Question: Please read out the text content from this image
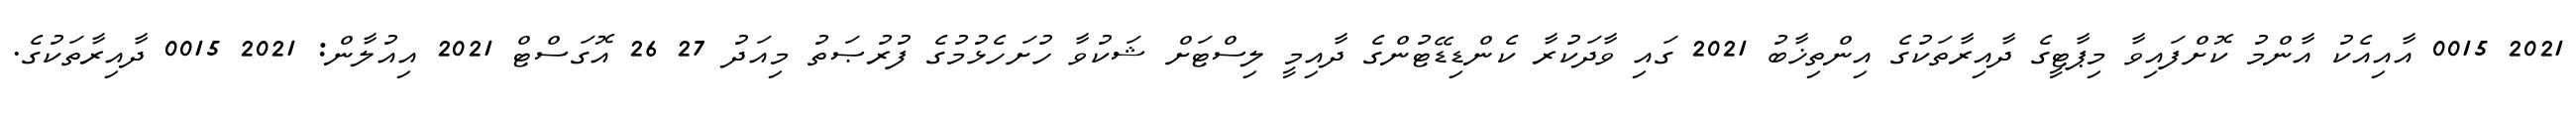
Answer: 2021 0015 އާއިއެކު އާންމު ކޮށްފައިވާ މިޕާޓީގެ ދާއިރާތަކުގެ އިންތިޚާބު 2021 ގައި ވާދަކުރާ ކެންޑިޑޭޓުންގެ ދާއިމީ ލިސްޓަށް ޝަކުވާ ހުށަހެޅުމުގެ ފުރުޞަތު މިއަދު 27 26 އޮގަސްޓް 2021 އިއުލާން: 2021 0015 ދާއިރާތަކުގެ.